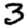
Digit: 3